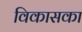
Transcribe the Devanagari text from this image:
विकासका